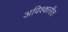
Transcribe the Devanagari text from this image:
अविश्कारीत